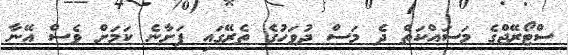
ސްޓޯރޭޖްގެ މަސައްކަތް ދެ މަސް ދުވަހުގެ ތެރޭގައި ފަށާނެ ކަމަށް ވެސް އޭނާ